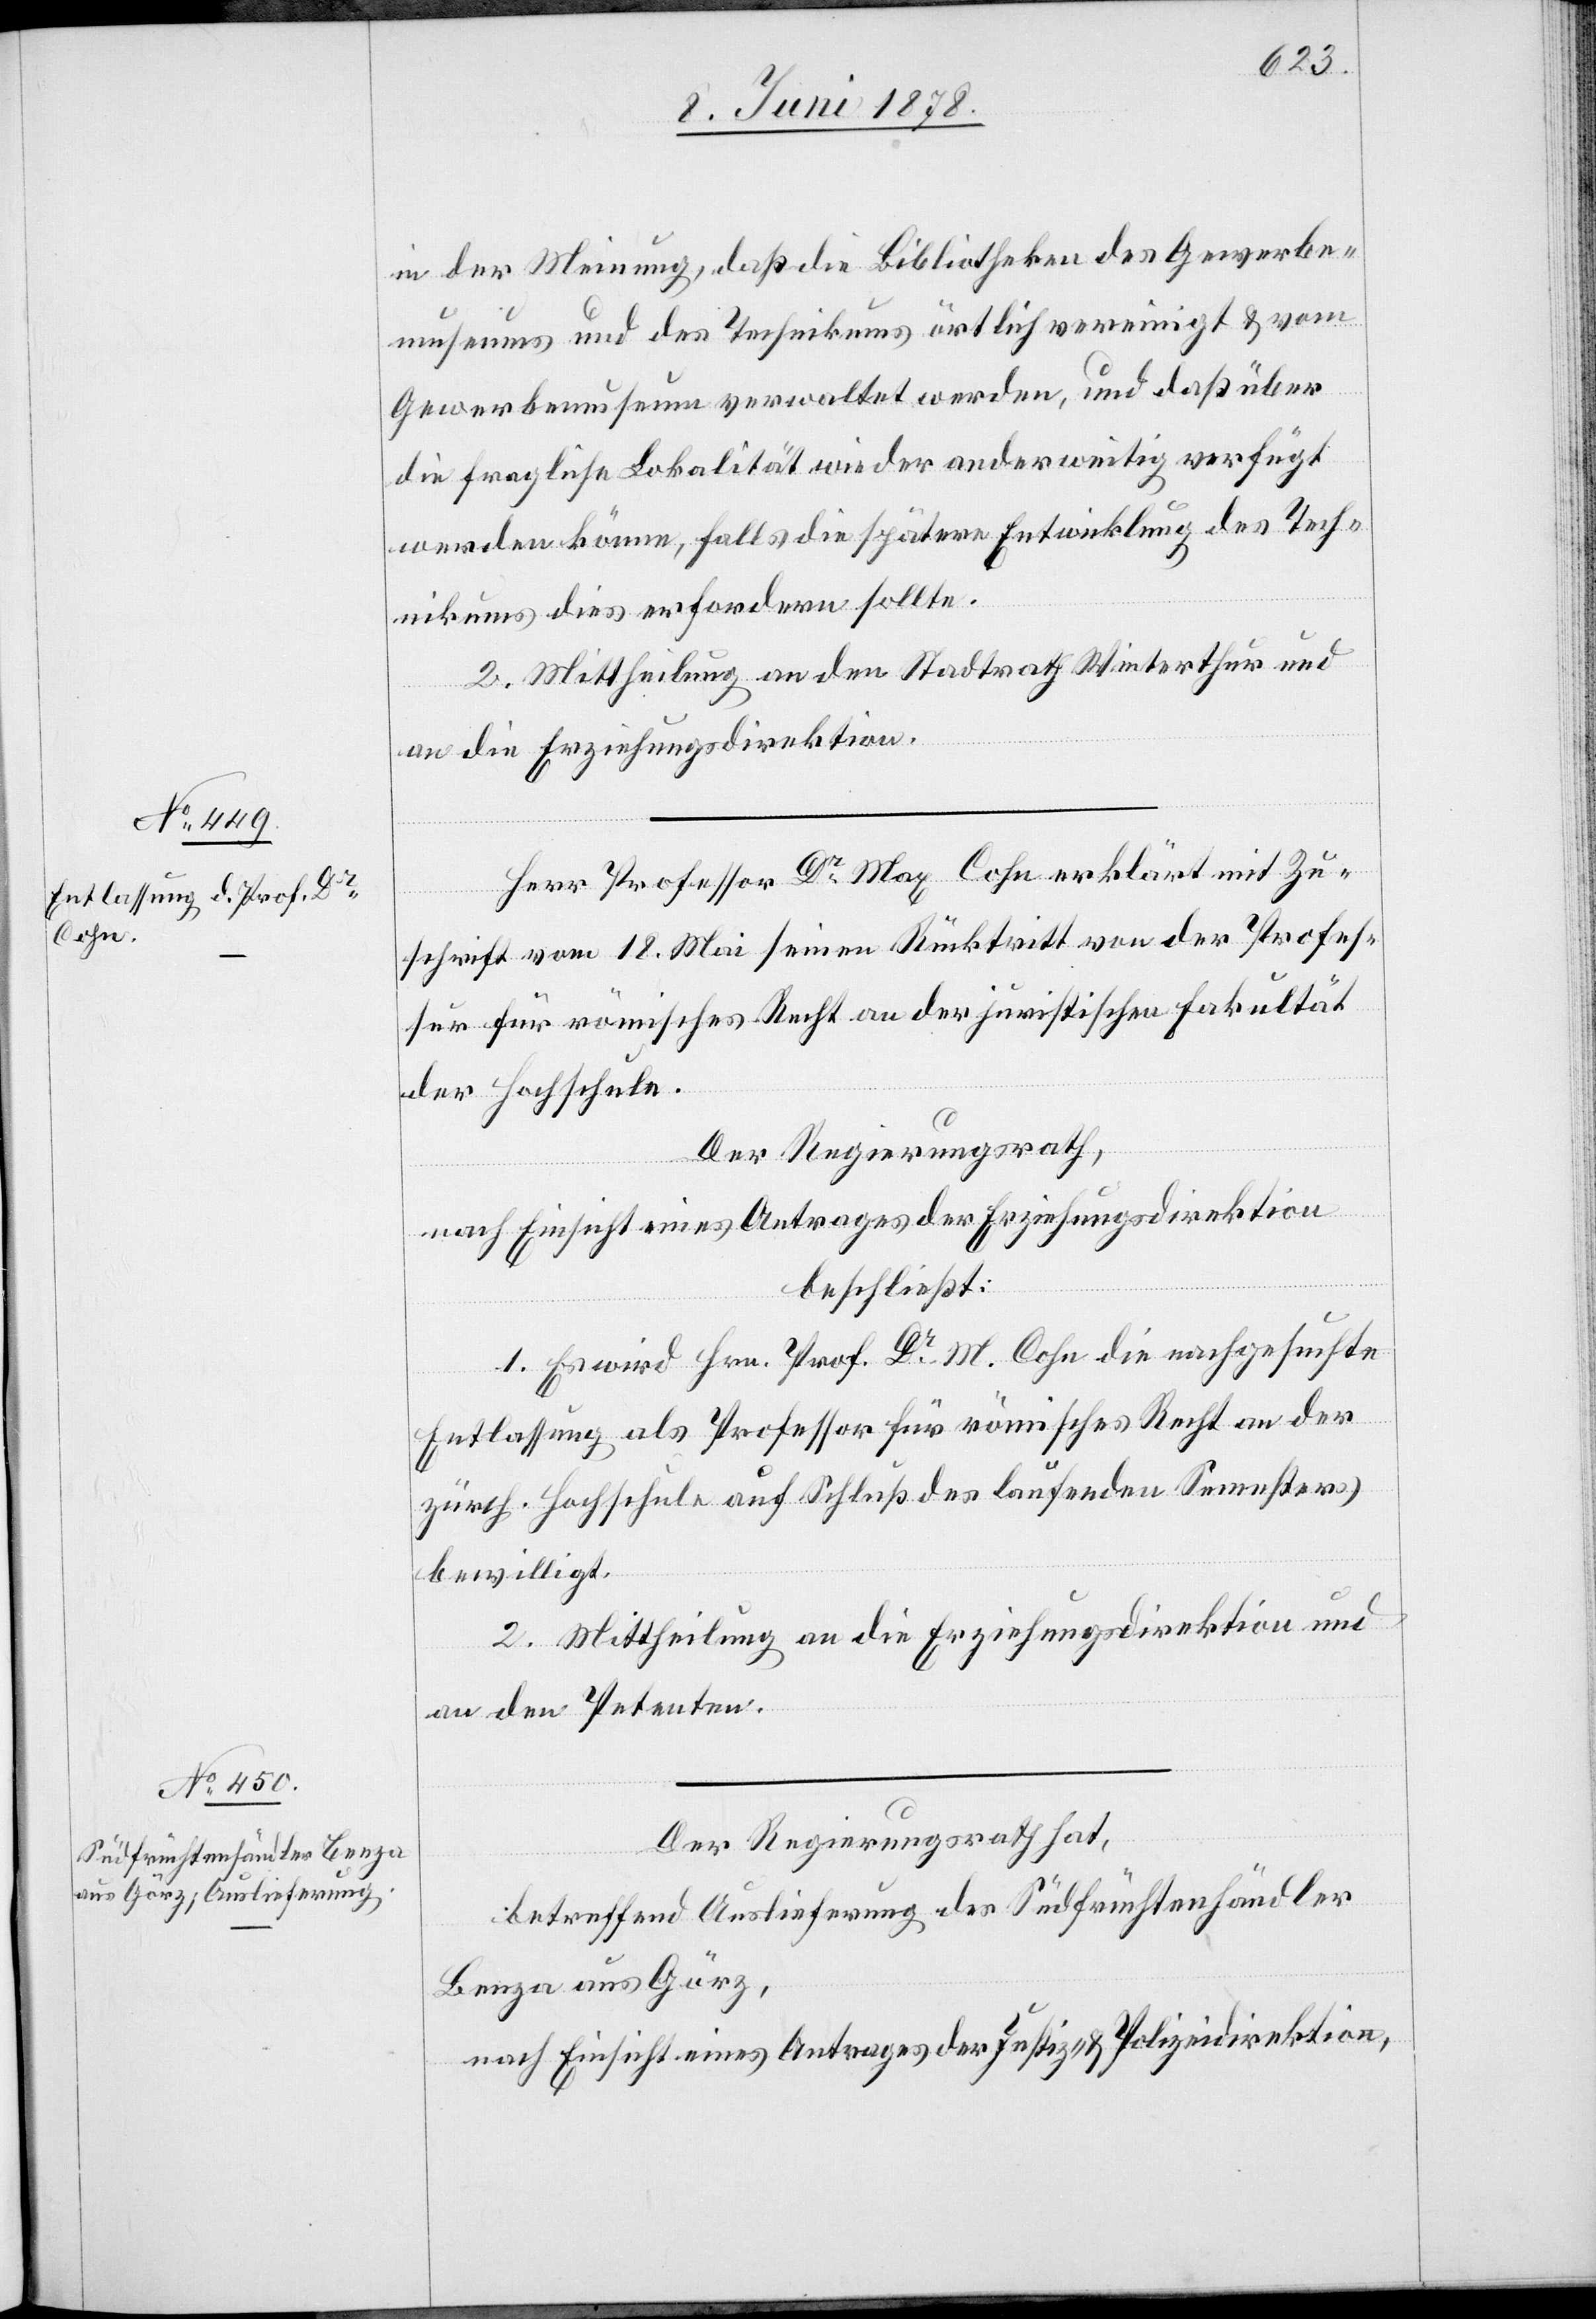
in der Meinung, daß die Bibliotheken des Gewerbe¬
museums und des Technikums örtlich vereinigt & vom
Gewerbemuseum verwaltet werden, und daß über
die fragliche Lokalität wieder anderweitig verfügt
werden könne, falls die spätere Entwicklung des Tech¬
nikums dies erfordern sollte.
2. Mittheilung an den Stadtrath Winterthur und
an die Erziehungsdirektion.
Herr Professor Dr Max Cohn erklärt mit Zu¬
schrift vom 18. Mai seinen Rücktritt von der Profes¬
sur für römisches Recht an der juristischen Fakultät
der Hochschule.
Der Regierungsrath,
nach Einsicht eines Antrages der Erziehungsdirektion
beschließt:
1. Es wird Hrn. Prof. Dr M. Cohn die nachgesuchte
Entlassung als Professor für römisches Recht an der
zürch. Hochschule auf Schluß des laufenden Semesters
bewilligt.
2. Mittheilung an die Erziehungsdirektion und
an den Petenten.
Der Regierungsrath hat,
betreffend Auslieferung des Südfrüchtenhändler
Benza aus Görz,
nach Einsicht eines Antrages der Justiz- & Polizeidirektion,